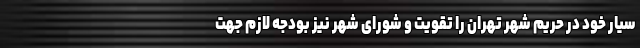
سیار خود در حریم شهر تهران را تقویت و شورای شهر نیز بودجه لازم جهت